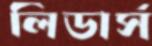
লিডার্স